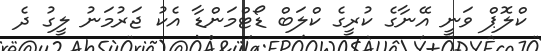
ކްލޮޕް ވަނީ އޭނާގެ ކުރީގެ ކްލަބް ޑޯޓްމަންޑާ އެކު ޖަރުމަނު ލީގު ދެ